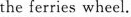
the ferries wheel.